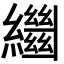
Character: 𦇓